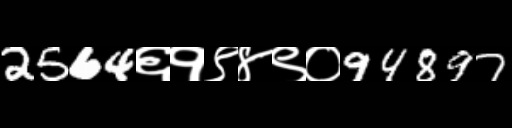
Text: 2564६१९४९०94897